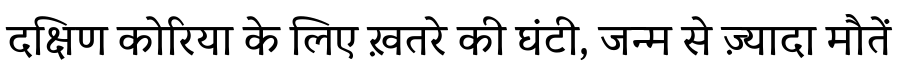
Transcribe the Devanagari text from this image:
दक्षिण कोरिया के लिए ख़तरे की घंटी, जन्म से ज़्यादा मौतें